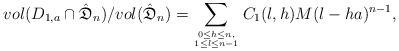
LaTeX: \begin{align*}vol(D_{1,a}\cap\hat{\mathfrak D}_n)/vol({\hat{\mathfrak D}}_n)=\sum_{0\le h \le n,\atop1\le l\le n-1}C_1(l,h)M(l-ha)^{n-1},\end{align*}